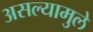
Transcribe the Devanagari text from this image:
असल्यामुले